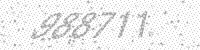
Solution: 988711